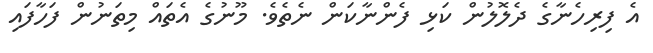
އެ ފިރިހެނާގެ ދެލޮލުން ކަޅި ފެންނާކަން ނެތެވެ. މޫނުގެ އެތައް މިތަނުން ފަހާފައި